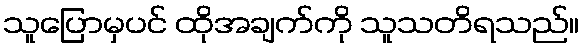
သူပြောမှပင် ထိုအချက်ကို သူသတိရသည်။